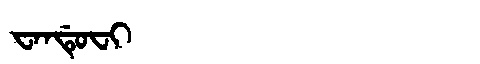
Manchu: ᠸᠠᠨᡩᡠᠸᡳ
Romanization: WANDUFI